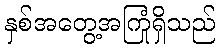
နှစ်အတွေ့အကြုံရှိသည်